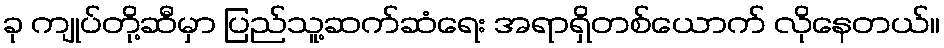
ခု ကျုပ်တို့ဆီမှာ ပြည်သူ့ဆက်ဆံရေး အရာရှိတစ်ယောက် လိုနေတယ်။